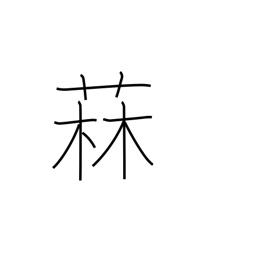
Meaning: kind of thistle